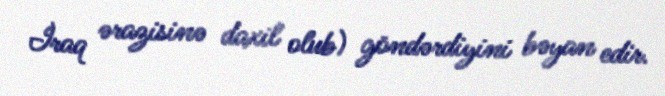
İraq ərazisinə daxil olub) göndərdiyini bəyan edir.